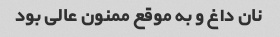
نان داغ و به موقع ممنون عالی بود